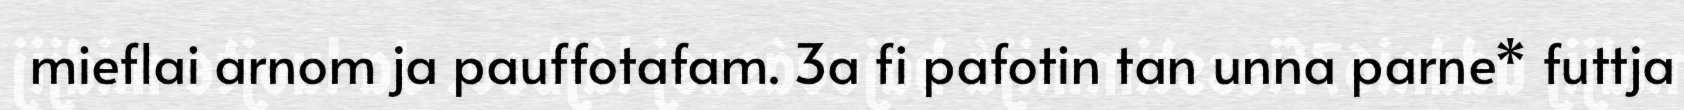
mieflai arnom ja pauffotafam. 3a fi pafotin tan unna parne* futtja